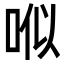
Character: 𠳎